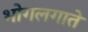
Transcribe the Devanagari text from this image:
भोगलगाते